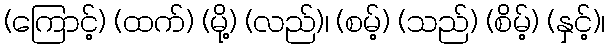
(ကြောင့်) (ထက်) (မို့) (လည်)၊ (စမ့်) (သည်) (စိမ့်) (နှင့်)၊